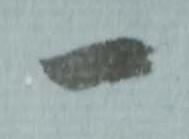
一